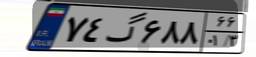
۷۴گ۶۸۸۶۶